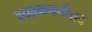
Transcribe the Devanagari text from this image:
ग्राहकवर्गवाद